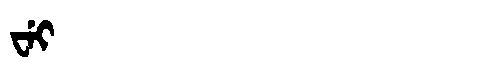
Manchu: ᠸᡝᡳ
Romanization: WEI